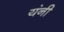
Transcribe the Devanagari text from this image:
यंनी